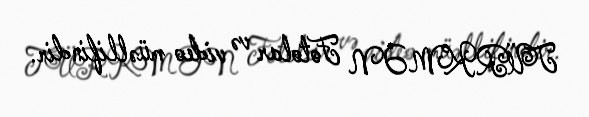
TÜRKMƏN Fotolar və video müəllifindir.